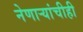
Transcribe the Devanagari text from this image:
नेणाऱ्यांचीही